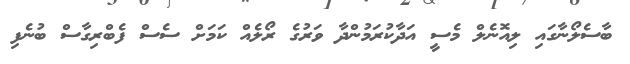
ބާސެލޯނާގައި ލިއޮނެލް މެސީ އަދާކުރަމުންދާ ވަރުގެ ރޯލެއް ކަމަށް ސެސް ފެބްރިގާސް ބުނެފި